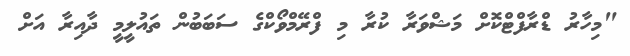
"މިހާރު ޑްރާފްޓްކޮށް މަޝްވަރާ ކުރާ މި ފްރޭމްވޯކްގެ ސަބަބުން ތައުލީމީ ދާއިރާ އަށް